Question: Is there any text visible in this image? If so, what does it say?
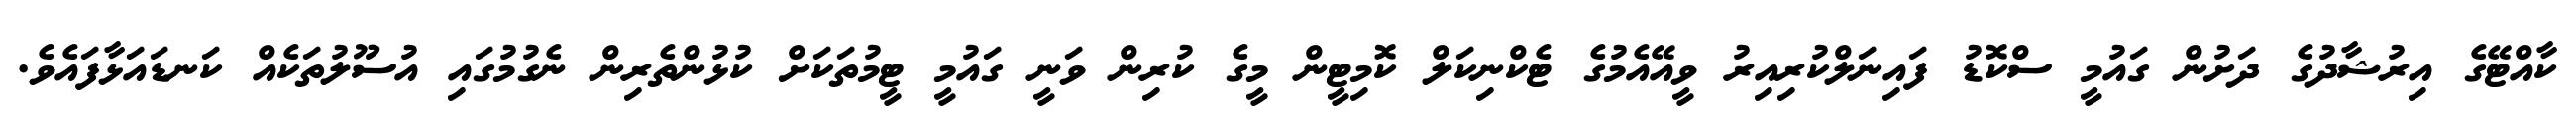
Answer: ކާއްޓޭގެ އިރުޝާދުގެ ދަށުން ގައުމީ ސްކޮޑު ފައިނަލްކުރިއިރު ވީއޭއެމުގެ ޓެކްނިކަލް ކޮމިޓީން މީގެ ކުރިން ވަނީ ގައުމީ ޓީމުތަކަށް ކުޅުންތެރިން ނެގުމުގައި އުސޫލުތަކެއް ކަނޑައަޅާފައެވެ.